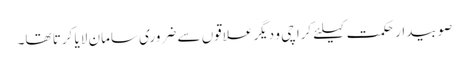
صوبیدار حکمت کیلئے کراچی و دیگر علاقوں سے ضروری سامان لایا کرتا تھا۔